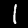
Label: 1